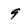
Character: 9